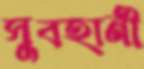
সুবহানী